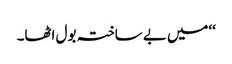
‘‘میں بے ساختہ بول اٹھا۔